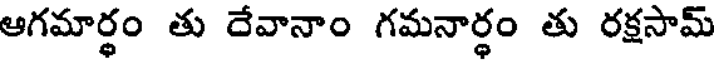
ఆగమార్థం తు దేవానాం గమనార్థం తు రక్షసామ్